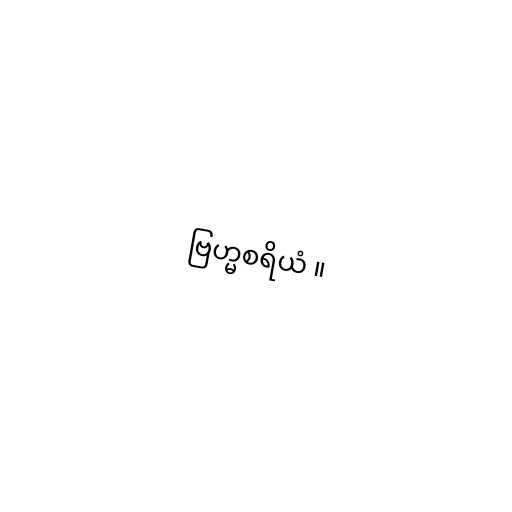
ဗြဟ္မစရိယံ ။